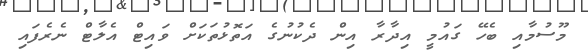
މޫސުމާއި ބެހޭ ގައުމީ އިދާރާ އިން ދެކުނުގެ އަތޮޅުތަކަށް ވައިޓް އެލާޓް ނެރެފައި